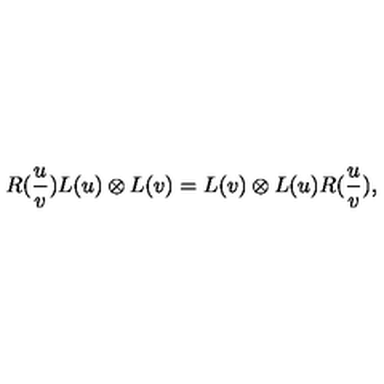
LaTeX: R ( \frac { u } { v } ) L ( u ) \otimes L ( v ) = L ( v ) \otimes L ( u ) R ( \frac { u } { v } ) ,